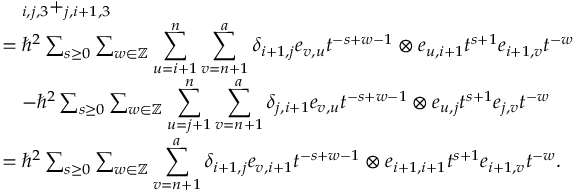
\begin{array} { r l } & { \quad _ { i , j , 3 } + _ { j , i + 1 , 3 } } \\ & { = \hbar ^ { 2 } \sum _ { s \geq 0 } \sum _ { w \in \mathbb { Z } } \displaystyle \sum _ { u = i + 1 } ^ { n } \sum _ { v = n + 1 } ^ { a } \delta _ { i + 1 , j } e _ { v , u } t ^ { - s + w - 1 } \otimes e _ { u , i + 1 } t ^ { s + 1 } e _ { i + 1 , v } t ^ { - w } } \\ & { \quad - \hbar ^ { 2 } \sum _ { s \geq 0 } \sum _ { w \in \mathbb { Z } } \displaystyle \sum _ { u = j + 1 } ^ { n } \sum _ { v = n + 1 } ^ { a } \delta _ { j , i + 1 } e _ { v , u } t ^ { - s + w - 1 } \otimes e _ { u , j } t ^ { s + 1 } e _ { j , v } t ^ { - w } } \\ & { = \hbar ^ { 2 } \sum _ { s \geq 0 } \sum _ { w \in \mathbb { Z } } \displaystyle \sum _ { v = n + 1 } ^ { a } \delta _ { i + 1 , j } e _ { v , i + 1 } t ^ { - s + w - 1 } \otimes e _ { i + 1 , i + 1 } t ^ { s + 1 } e _ { i + 1 , v } t ^ { - w } . } \end{array}